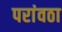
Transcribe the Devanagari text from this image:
परांवठा